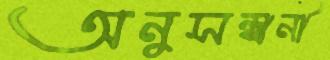
অনুসন্ধানী